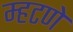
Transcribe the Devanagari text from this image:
म्हटणे